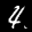
Label: 4